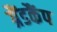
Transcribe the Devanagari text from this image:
ग्रैंडकैंप